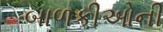
બાળકીઓની